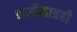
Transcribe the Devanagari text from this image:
काडीमात्रही